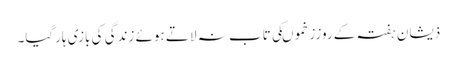
ذیشان ہفتہ کے روززخموںکی تاب نہ لاتے ہوئے زندگی کی بازی ہارگیا۔